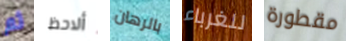
ثم ألاحظ بالرهان للغرباء مقطورة